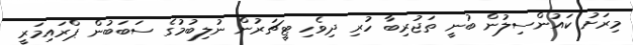
މިރަށު ކައުންސިލުން ބުނީ ތަޖުރިބާ ހުރި ދިވެހި ޓީޗަރުން ނުލިބުމުގެ ސަބަބުން ޕްރައިމަރީ